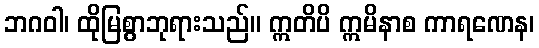
ဘဂဝါ၊ ထိုမြစွာဘုရားသည်။ ဣတိပိ ဣမိနာစ ကာရဏေန၊